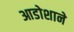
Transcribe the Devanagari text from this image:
आडोशाने